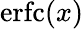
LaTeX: \operatorname{erfc}(x)